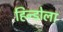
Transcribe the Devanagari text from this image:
हिन्डोला